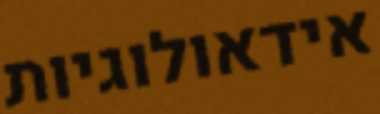
אידאולוגיות